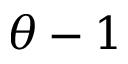
\theta - 1